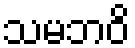
သမဘဝိ